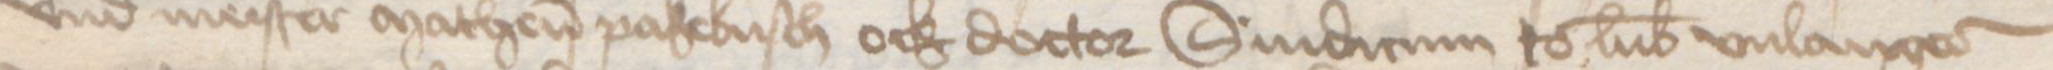
Transcription: vnd meister Matheus Pakebusch ock doctor Sindicum to Lubeke vnlangeder